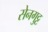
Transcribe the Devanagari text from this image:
सेनगुट्ट